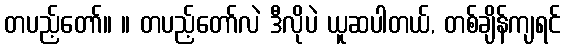
တပည့်တော်။ ။ တပည့်တော်လဲ ဒီလိုပဲ ယူဆပါတယ်, တစ်ချိန်ကျရင်